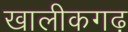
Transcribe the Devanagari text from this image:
खालीकगढ़